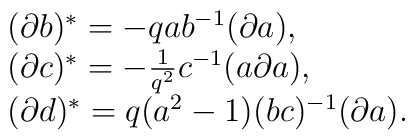
\begin{array}{l}(\partial b)^{*}=-qab^{-1}(\partial a), \\(\partial c)^{*}=-\frac{1}{q^2}c^{-1}(a\partial a), \\(\partial d)^{*}=q(a^2-1)(bc)^{-1}(\partial a).\end{array}